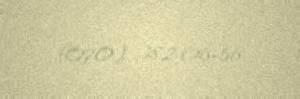
(070) 382-06-56